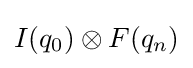
I(q_{0})\otimes F(q_{n})